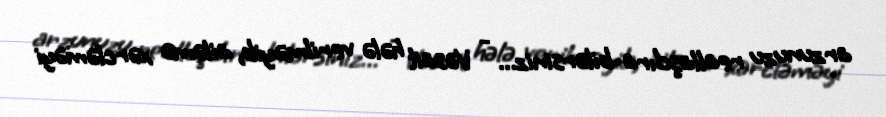
arzunuzu reallaşdıra bilərsiniz... - Vəsait hələ verilməyib, ailəmə xərcləməyi